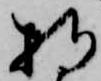
持